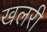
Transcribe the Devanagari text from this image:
खलरी